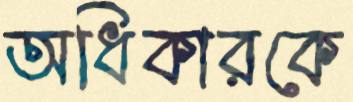
অধিকারকে